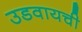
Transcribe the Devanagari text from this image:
उडवायची